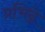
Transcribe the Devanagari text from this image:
प्रभिन्ने